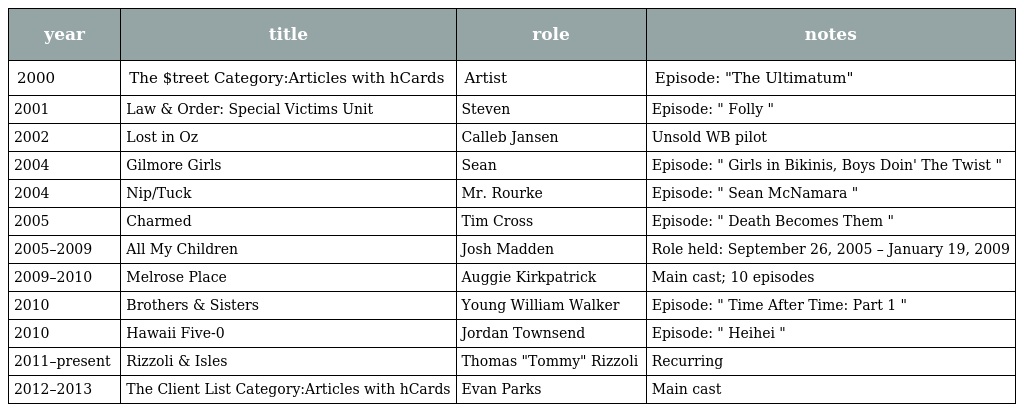
| year | title | role | notes |
 | --- | --- | --- | --- |
 | 2000 | The $treet Category:Articles with hCards | Artist | Episode: "The Ultimatum" |
 | 2001 | Law & Order: Special Victims Unit | Steven | Episode: " Folly " |
 | 2002 | Lost in Oz | Calleb Jansen | Unsold WB pilot |
 | 2004 | Gilmore Girls | Sean | Episode: " Girls in Bikinis, Boys Doin' The Twist " |
 | 2004 | Nip/Tuck | Mr. Rourke | Episode: " Sean McNamara " |
 | 2005 | Charmed | Tim Cross | Episode: " Death Becomes Them " |
 | 2005–2009 | All My Children | Josh Madden | Role held: September 26, 2005 – January 19, 2009 |
 | 2009–2010 | Melrose Place | Auggie Kirkpatrick | Main cast; 10 episodes |
 | 2010 | Brothers & Sisters | Young William Walker | Episode: " Time After Time: Part 1 " |
 | 2010 | Hawaii Five-0 | Jordan Townsend | Episode: " Heihei " |
 | 2011–present | Rizzoli & Isles | Thomas "Tommy" Rizzoli | Recurring |
 | 2012–2013 | The Client List Category:Articles with hCards | Evan Parks | Main cast |